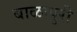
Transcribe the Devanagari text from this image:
बाळापुरी